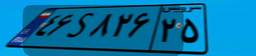
۲۰S۹۱۹۸۷